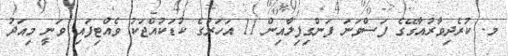
މ. ކުރެދިވާރުއާގޭގެ ފަސްވަނަ ފަންގިފިލާއިން 11 އަހަރުގެ ކުޑަކުއްޖަކު ވެއްޓިފައި ވަނީ މިއަދު